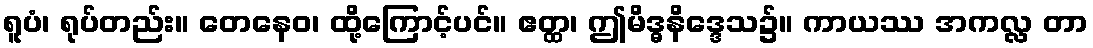
ရူပံ၊ ရုပ်တည်း။ တေနေဝ၊ ထို့ကြောင့်ပင်။ ဧတ္ထ၊ ဤမိဒ္ဓနိဒ္ဒေသ၌။ ကာယဿ အကလ္လ တာ